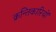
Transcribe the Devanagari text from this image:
क्रन्तिकारियों